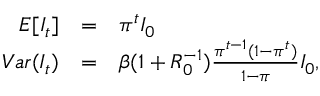
\begin{array} { r c l } { E [ I _ { t } ] } & { = } & { \pi ^ { t } I _ { 0 } } \\ { V a r ( I _ { t } ) } & { = } & { \beta ( 1 + R _ { 0 } ^ { - 1 } ) \frac { \pi ^ { t - 1 } ( 1 - \pi ^ { t } ) } { 1 - \pi } I _ { 0 } , } \end{array}